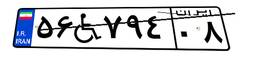
۵۶W۷۹۴۰۸